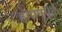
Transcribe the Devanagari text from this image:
हंगामपूर्व